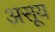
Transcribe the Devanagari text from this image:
असूय